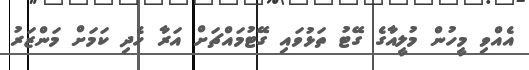
އެއްވި މީހުން މުލީއާގެ ގޭޓު ތަޅުވައި ގޭޓުމައްޗަށް އަރާ ހެދި ކަމަށް މަންޒަރު